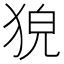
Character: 㹸